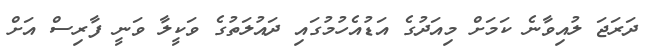
ދަރަޖަ ލުއިވާނެ ކަމަށް މިއަދުގެ އަޑުއެހުމުގައި ދައުލަތުގެ ވަކީލާ ވަނީ ފާރިސް އަށް